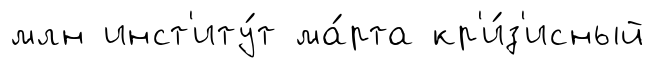
млн инст'иту́т ма́рта кр'и́з'исный